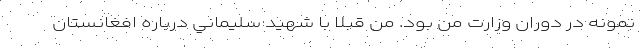
نمونه در دوران وزارت من بود. من قبلا با شهيد سليماني درباره افغانستان